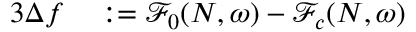
\begin{array} { r l r } { { 3 } \Delta f } & { { } : = \mathcal F _ { 0 } ( N , \omega ) - \mathcal F _ { c } ( N , \omega ) } & { } \end{array}